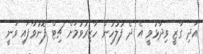
އަދި ގާޒީ ވިދާޅުވީ އެ ދެ ފުލުހުން ހާޒިރުވުމަށް ޗިޓް ފޮނުވާފައި ވަނީ